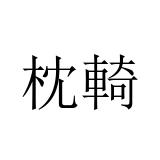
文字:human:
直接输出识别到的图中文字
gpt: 枕輢